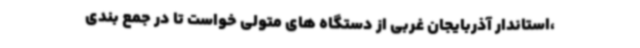
،استاندار آذربایجان غربی از دستگاه های متولی خواست تا در جمع بندی